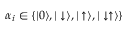
\alpha _ { i } \in \{ | 0 \rangle , | \downarrow \rangle , | \uparrow \rangle , | \downarrow \uparrow \rangle \}